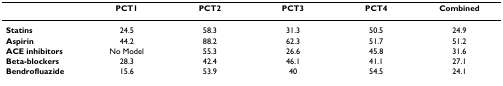
<table><thead><tr><td></td><td><b>PCT1</b></td><td><b>PCT2</b></td><td><b>PCT3</b></td><td><b>PCT4</b></td><td><b>Combined</b></td></tr></thead><tbody><tr><td><b>Statins</b></td><td>24.5</td><td>58.3</td><td>31.3</td><td>50.5</td><td>24.9</td></tr><tr><td><b>Aspirin</b></td><td>44.2</td><td>88.2</td><td>62.3</td><td>51.7</td><td>51.2</td></tr><tr><td><b>ACE inhibitors</b></td><td>No Model</td><td>55.3</td><td>26.6</td><td>45.8</td><td>31.6</td></tr><tr><td><b>Beta-blockers</b></td><td>28.3</td><td>42.4</td><td>46.1</td><td>41.1</td><td>27.1</td></tr><tr><td><b>Bendrofluazide</b></td><td>15.6</td><td>53.9</td><td>40</td><td>54.5</td><td>24.1</td></tr></tbody></table>